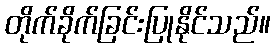
တိုက်ခိုက်ခြင်းပြုနိုင်သည်။